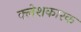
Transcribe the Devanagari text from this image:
क्लेशकारक